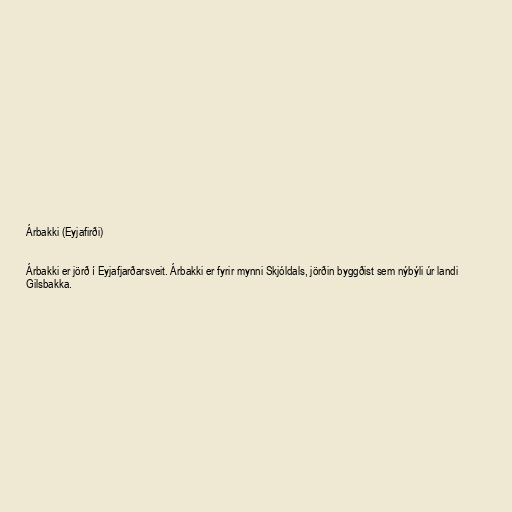
Árbakki (Eyjafirði)

Árbakki er jörð í Eyjafjarðarsveit. Árbakki er fyrir mynni Skjóldals, jörðin byggðist sem nýbýli úr landi
Gilsbakka.